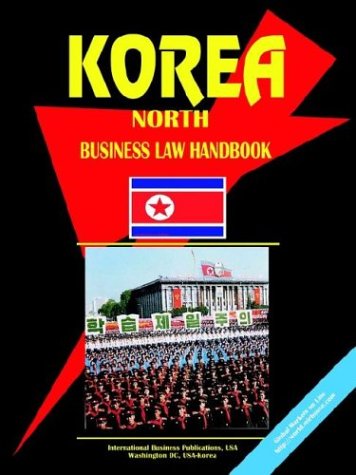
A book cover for Korea North Business Law Handbook; Ibp Usa; Travel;